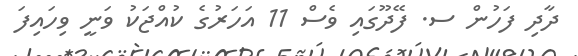
ދާދި ފަހުން ސ. ފޭދޫގައި ވެސް 11 އަހަރުގެ ކުއްޖަކު ވަނީ ވިހައިފަ